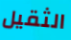
الثقيل